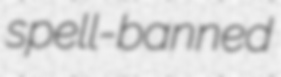
spell-banned